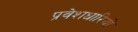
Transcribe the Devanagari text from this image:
प्रवेशधारियों